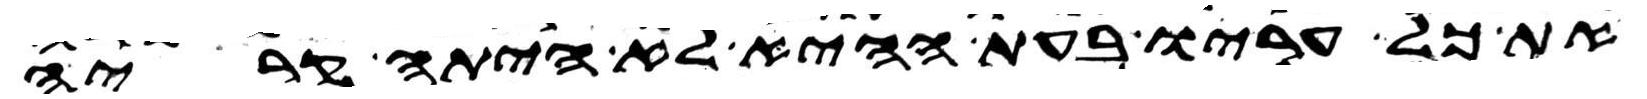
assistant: את כל עריו בעת ההיא לא היתה קריה